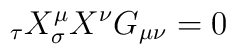
\do_{\tau}X^{\mu}\do_{\sigma}X^{\nu}G_{\mu \nu} = 0